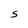
Character: S